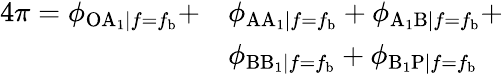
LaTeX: \begin{array}{rl}{4\pi=\phi_{\mathrm{OA}_{1}|f=f_{\mathrm{b}}}+}&{\phi_{\mathrm{AA}_{1}|f=f_{\mathrm{b}}}+\phi_{\mathrm{A_{1}B}|f=f_{\mathrm{b}}}+}\\ &{\phi_{\mathrm{BB_{1}}|f=f_{\mathrm{b}}}+\phi_{\mathrm{B_{1}P}|f=f_{\mathrm{b}}}}\end{array}